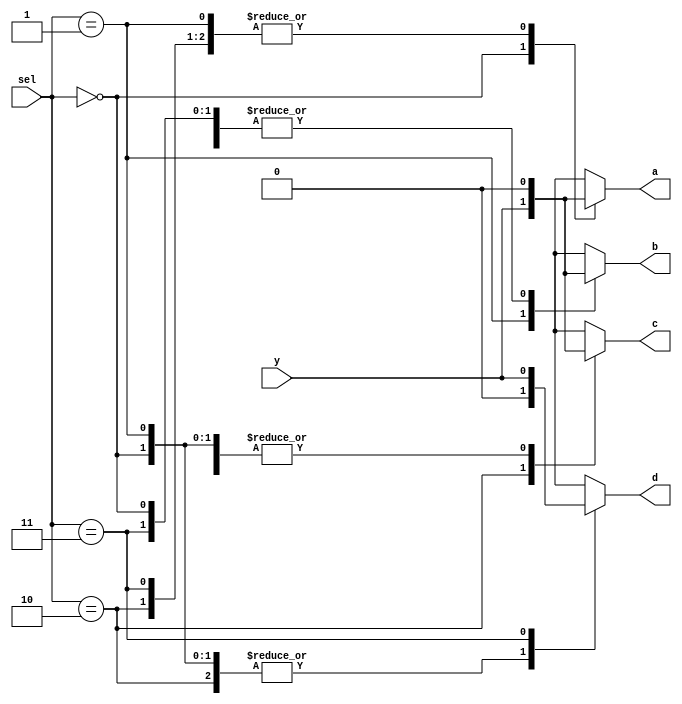
// Demultiplexer - One input, four outputs.

module demux_1x4_behavioral(
    input       y,               // 1 Input
    input       [1:0] sel,       // Select
    output reg  a, b, c, d);     // 4 Outputs

    // ALWAYS BLOCK with NON-BLOCKING PROCEDURAL ASSIGNMENT STATEMENT
    always @ ( * ) begin
        case(sel)
            2'b00 : begin
                a <= y; b <= 0; c <= 0; d <= 0;
            end
            2'b01 : begin
                a <= 0; b <= y; c <= 0; d <= 0;
            end
            2'b10 : begin
                a <= 0; b <= 0; c <= y; d <= 0;
            end
            2'b11 : begin
                a <= 0; b <= 0; c <= 0; d <= y;
            end
        endcase
    end

endmodule